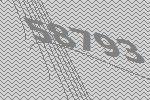
58793